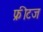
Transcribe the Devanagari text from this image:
फ्रीटज